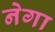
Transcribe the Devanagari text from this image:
नेगा